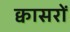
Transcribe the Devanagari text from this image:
क्वासरों